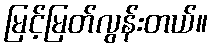
မြင့်မြတ်လွန်းတယ်။